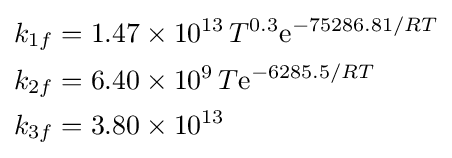
{\begin{aligned}k_{1f}&=1.47\times 10^{13}\,T^{0.3}\mathrm {e} ^{-75286.81/RT}\\k_{2f}&=6.40\times 10^{9}\,T\mathrm {e} ^{-6285.5/RT}\\k_{3f}&=3.80\times 10^{13}\end{aligned}}